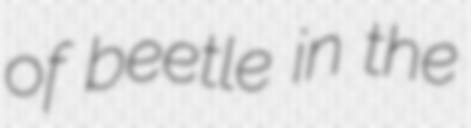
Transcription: of beetle in the